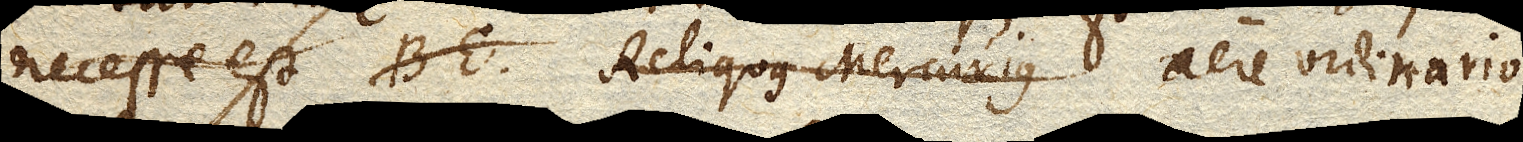
necesse est BE. Reliquus Mercurius vase clauso D. aere ordinario